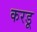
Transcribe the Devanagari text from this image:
करडू